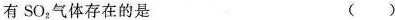
有SO_{2}气体存在的是 ( )